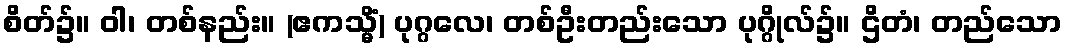
စိတ်၌။ ဝါ၊ တစ်နည်း။ (ဧကသ္မိံ) ပုဂ္ဂလေ၊ တစ်ဦးတည်းသော ပုဂ္ဂိုလ်၌။ ဌိတံ၊ တည်သော